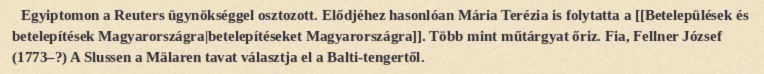
Egyiptomon a Reuters ügynökséggel osztozott. Elődjéhez hasonlóan Mária Terézia is folytatta a [[Betelepülések és betelepítések Magyarországra|betelepítéseket Magyarországra]]. Több mint műtárgyat őriz. Fia, Fellner József (1773–?) A Slussen a Mälaren tavat választja el a Balti-tengertől.